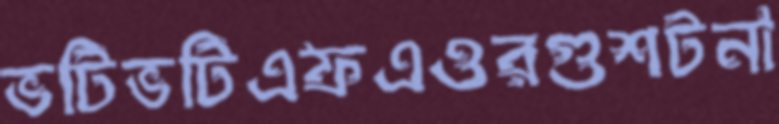
ভটিভটিএফএওরগুশটনা